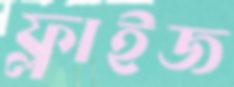
ফ্লাইজ